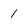
Character: 1